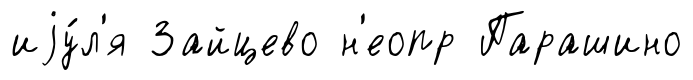
иjу́л'я Зайцево н'еопр Парашино